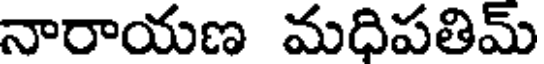
నారాయణ మధిపతిమ్